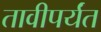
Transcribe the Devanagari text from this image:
तावीपर्यंत